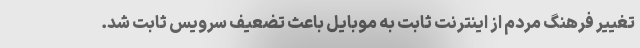
تغییر فرهنگ مردم از اینترنت ثابت به موبایل باعث تضعیف سرویس ثابت شد.